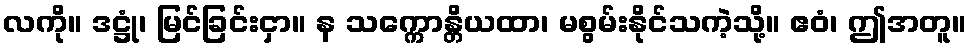
လကို။ ဒဋ္ဌုံ၊ မြင်ခြင်းငှာ။ န သက္ကောန္တိယထာ၊ မစွမ်းနိုင်သကဲ့သို့။ ဧဝံ၊ ဤအတူ။